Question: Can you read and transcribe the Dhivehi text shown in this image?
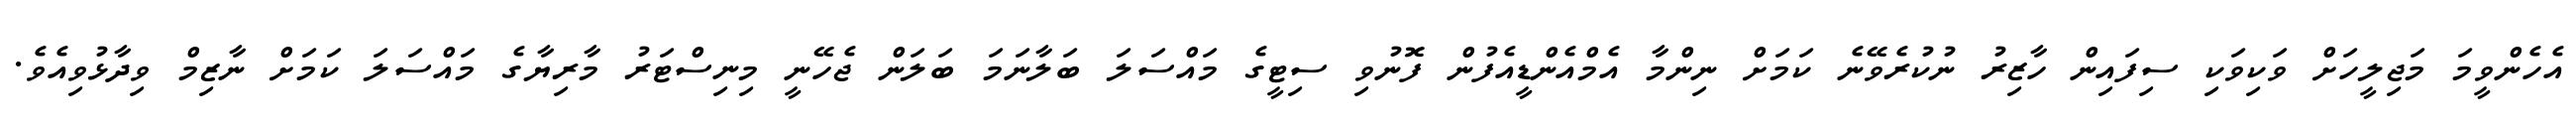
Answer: އެހެންވީމަ މަޖިލީހަށް ވަކިވަކި ސިފައިން ހާޒިރު ނުކުރެވޭނެ ކަމަށް ނިންމާ އެމްއެންޑީއެފުން ފޮނުވި ސިޓީގެ މައްސަލަ ބަލާނަމަ ބަލަން ޖެހޭނީ މިނިސްޓަރު މާރިޔާގެ މައްސަލަ ކަމަށް ނާޒިމް ވިދާޅުވިއެވެ.